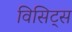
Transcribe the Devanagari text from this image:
विसिट्स